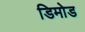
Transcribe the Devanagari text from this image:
डिमोड